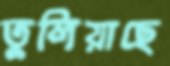
তুলিয়াছে